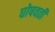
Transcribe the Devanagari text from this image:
घोषवती